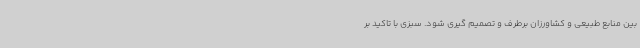
بین منابع طبیعی و کشاورزان برطرف و تصمیم گیری شود. سبزی با تاکید بر